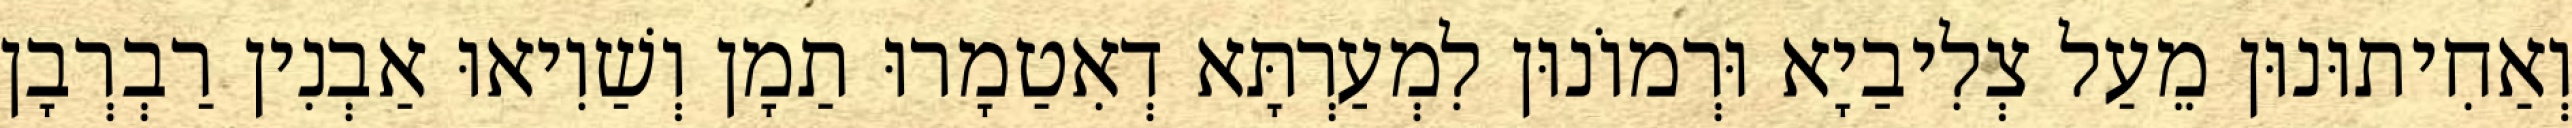
וְאַחִיתוּנוּן מֵעַל צְלִיבַיָא וּרְמוֹנוּן לִמְעַרְתָּא דְאִטַמָרוּ תַמָן וְשַׁוִיאוּ אַבְנִין רַבְרְבָן